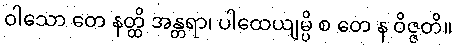
ဝါသော တေ နတ္ထိ အန္တရာ၊ ပါထေယျမ္ပိ စ တေ န ဝိဇ္ဇတိ။